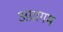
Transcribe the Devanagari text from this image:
अग्रागम